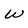
Character: W